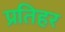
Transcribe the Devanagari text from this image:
प्रतिहर